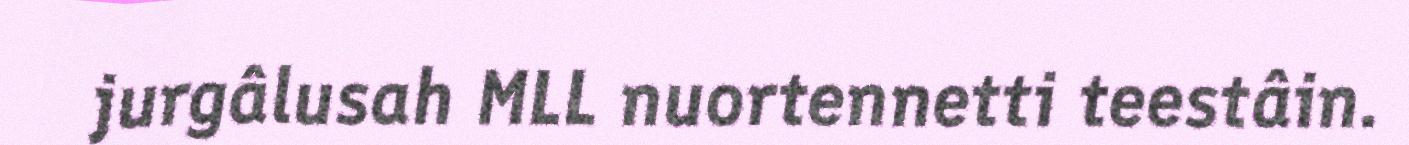
jurgâlusah MLL nuortennetti teestâin.